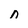
Character: n